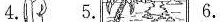
4. 5. 6.